Vaccination United Provinces of Agra and Oudh 1902-1913 - 1902-1913
Year: 1902
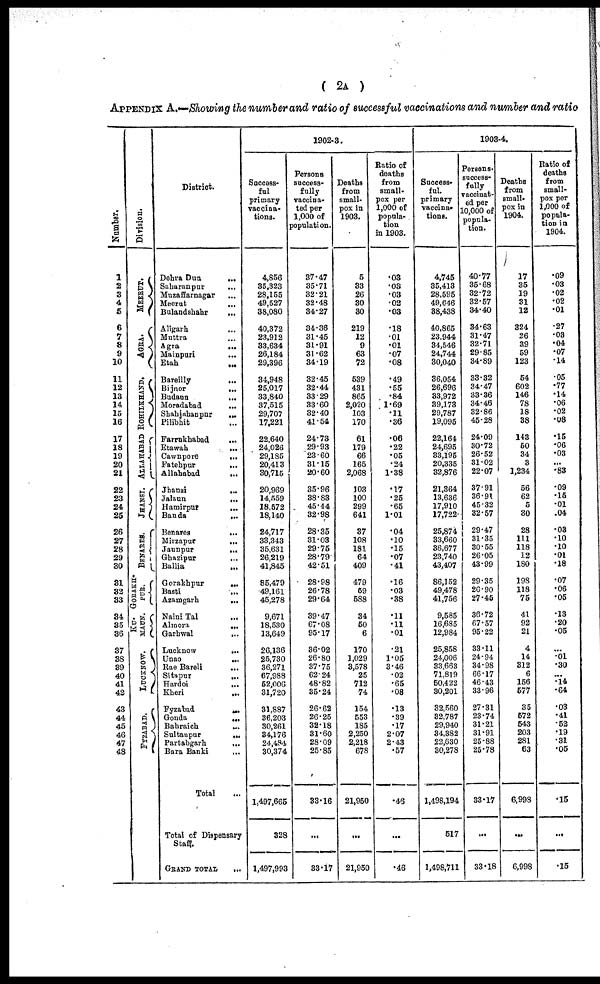
( 2A )
APPENDIX A.—Showing the number and ratio of successful vaccinations and number and ratio
Number.
1
2
3
4
5
6
7
8
9
10
11
12
13
14
15
16
17
18
19
20
21
22
23
24
25
26
27
28
29
30
31
32
33
34
35
36
37
38
39
40
41
42
43
44
45
46
47
48
Division.
MEERUT.
AGRA.
ROHILKHAND.
ALLAHABAD
JHANSI.
BENARES.
GORAKH¬
PUR.
KU¬
MAUN.
LUCKNOW.
FYZABAD.
District.
Dehra Dun
...
Saharanpur
...
Muzaffarnagar
...
Meerut ...
Bulandshahr
...
Aligarh ...
Muttra ...
Agra
...
Mainpuri ...
Etah ...
Bareilly
...
Bijnor
...
Budaun
...
Moradabad
...
Shahjahanpur
...
Pilibhit ...
Farrukhabad
...
Etawah
...
Cawnpore
...
Fatehpur
...
Allahabad
...
Jhansi
...
Jalaun
...
Hamirpur
...
Banda
...
Benares
...
Mirzapur
...
Jaunpur
...
Ghazipur ...
Ballia ...
Gorakhpur
...
Basti
...
Azamgarh
...
Naini Tal ...
Almora
...
Garhwal
...
Lucknow
...
Unao
...
Rae Bareli
Sitapur
...
Hardoi
...
Kheri ...
Fyzabad
...
Gonda
...
Bahraich
...
Sultanpur
...
Partabgarh
...
Bara Banki
...
Total ...
Total of Dispensary
Staff.
GRAND TOTAL
...
1902-3.
Success-
ful
primary
vaccina-
tions.
4,856
35,323
28,155
49,527
38,080
40,372
23,912
33,634
26,184
29,396
34,948
25,017
33,840
37,515
29,707
17,221
22,640
24,026
29,185
20,413
30,715
20,969
14,559
18,572
18,140
24,717
33,343
35,631
26,219
41,845
85,479
49,161
45,278
9,671
18,530
13,649
26,136
25,730
36,271
67,988
52,006
31,720
31,887
36,203
30,261
34,176
24,484
30,374
1,497,665
328
1,497,993
Persons
success-
fully
vaccina-
ted per
1,000 of
population.
37.47
35.71
32.21
32.48
34.27
34.36
31.45
31.91
31.62
34.19
32.45
32.44
33.29
33.60
32.40
41.54
24.73
29.93
23.60
31.15
20.60
35.96
38.83
45.44
32.98
28.35
31.03
29.75
28.79
42.51
28.98
26.78
29.64
39.47
67.08
95.17
36.02
26.80
37.75
62.24
48.82
35.24
26.62
26.25
32.18
31.60
28.09
25.85
33.16
...
33.17
Deaths
from
small-
pox in
1903.
5
33
26
30
30
219
12
9
63
72
539
431
865
2,020
103
170
61
179
66
165
2,068
103
100
299
641
37
108
181
64
409
479
59
588
34
50
6
170
1,029
3,578
25
712
74
154
553
185
2,250
2,218
678
21,950
...
21,950
Ratio of
deaths
from
small-
pox per
1,000 of
popula-
tion
in 1903.
.03
.03
.03
.02
.03
.18
.01
.01
.07
.08
.49
.55
.84
1.69
.11
.36
.06
.22
.05
.24
1.38
.17
.25
.65
1.01
.04
.10
.15
.07
.41
.16
.03
.38
.11
.11
.01
.21
1.05
3.46
.02
.65
.08
.13
.39
.17
2.07
2.43
.57
.46
...
.46
1903-4.
Success-
ful
primary
vaccina¬
tions.
4,745
35,413
28,595
49,646
38,438
40,865
23,944
34,546
24,744
30,040
36,054
26,696
33,972
39,173
29,787
19,095
22,164
24,695
33,195
20,335
32,876
21,364
13,636
17,910
17,722
25,874
33,660
36,677
23,740
43,407
86,152
49,478
41,756
9,585
16,685
12,984
25,858
24,006
33,663
71,819
50,422
30,201
32,560
32,787
29,940
34,382
22,630
30,278
1,498,194
517
1,498,711
Persons
success-
fully
vaccinat-
ed per
10,000 of
popula-
tion.
40.77
35.68
32.72
32.57
34.40
34.63
31.47
32.71
29.85
34.89
33.32
34.47
33.36
34.46
32.86
45.28
24.09
30.72
26.52
31.02
22.07
37.91
36.91
45.32
32.57
29.47
31.35
30.55
26.05
43.99
29.35
26.90
27.45
36.72
67.57
95.22
33.11
24.94
34.98
66.17
46.43
33.96
27.31
23.74
31.21
31.91
25.88
25.78
33.17
...
33.18
Deaths
from
small-
pox in
1904.
17
35
19
31
12
324
26
39
59
123
54
602
146
78
18
38
143
50
34
3
1,234
56
62
5
30
28
111
118
12
180
198
118
75
41
92
21
4
14
312
6
156
577
35
572
543
203
281
63
6,998
...
6,998
Ratio of
deaths
from
small-
pox per
1,000 of
popula-
tion in
1904.
.09
.03
.02
.02
.01
.27
.03
.04
.07
.14
.05
.77
.14
.06
.02
.08
.15
.06
.03
...
.83
.09
.15
.01
.04
.03
.10
.10
.01
.18
.07
.06
.05
.13
.20
.05
...
.01
.30
...
.14
.64
.03
.41
.52
.19
.31
.05
.15
...
.15